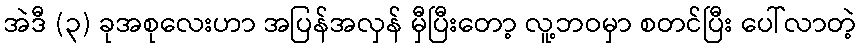
အဲဒီ (၃) ခုအစုလေးဟာ အပြန်အလှန် မှီပြီးတော့ လူ့ဘဝမှာ စတင်ပြီး ပေါ်လာတဲ့